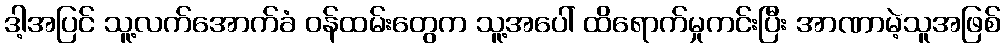
ဒါ့အပြင် သူ့လက်အောက်ခံ ဝန်ထမ်းတွေက သူ့အပေါ် ထိရောက်မှုကင်းပြီး အာဏာမဲ့သူအဖြစ်